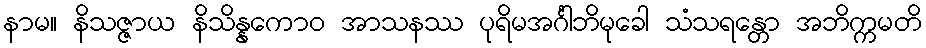
နာမ။ နိသဇ္ဇာယ နိသိန္နကောဝ အာသနဿ ပုရိမအင်္ဂါဘိမုခေါ သံသရန္တော အဘိက္ကမတိ